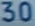
30